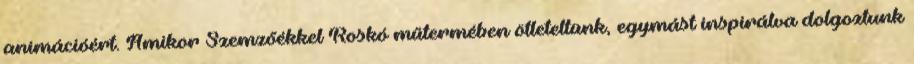
animációért. Amikor Szemzőékkel Roskó műtermében ötleteltünk, egymást inspirálva dolgoztunk